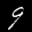
Label: 9